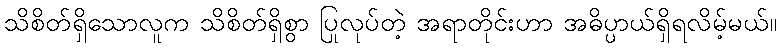
သိစိတ်ရှိသောလူက သိစိတ်ရှိစွာ ပြုလုပ်တဲ့ အရာတိုင်းဟာ အဓိပ္ပာယ်ရှိရလိမ့်မယ်။